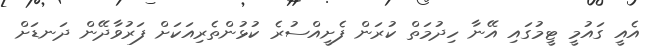
އެއީ ގައުމީ ޓީމުގައި އޭނާ ހިދުމަތް ކުރަން ފެށީއްސުރެ ކުޅުންތެރިއަކަށް ފަރުވާދޭން ދަނޑަށް